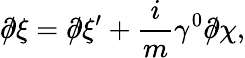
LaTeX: \partial\! \! \! /\xi=\partial\! \! \! /\xi^{\prime}+\frac{i}{m}\gamma^{0}\partial\! \! \! /\chi,